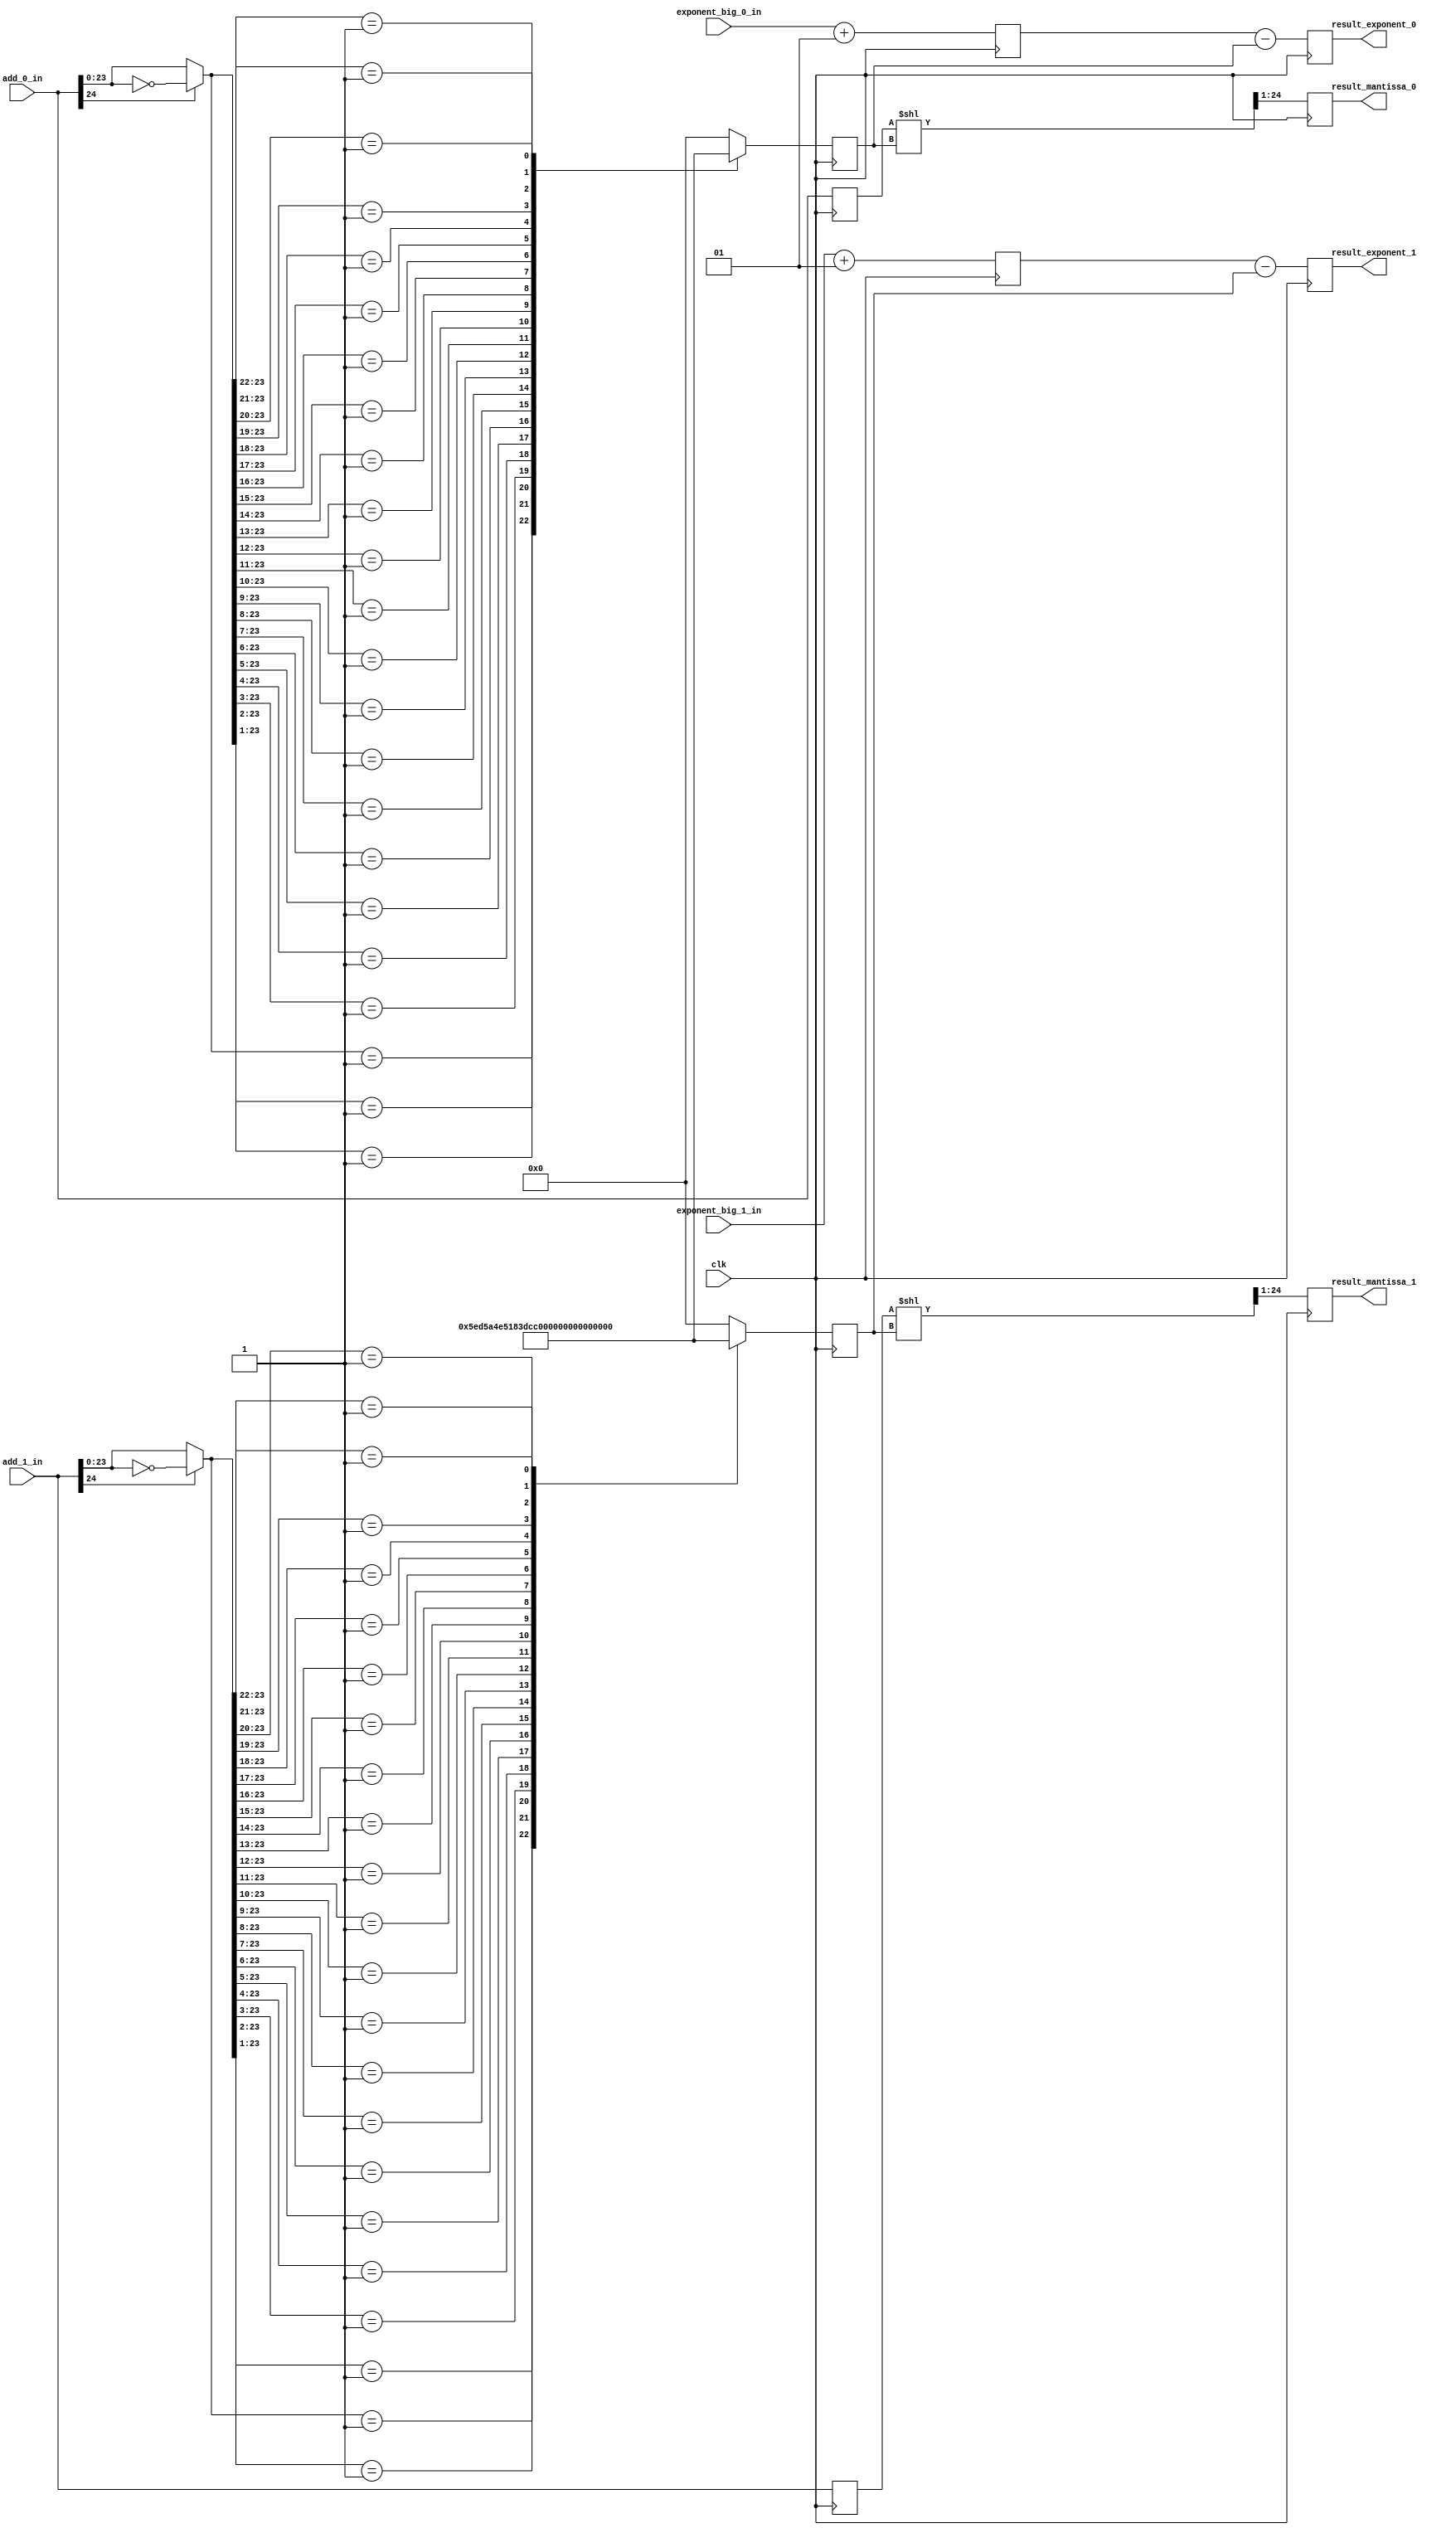
`timescale 1ns / 1ps
//////////////////////////////////////////////////////////////////////////////////
// 
// Design Name: 
// Module Name: fp32_adder_dual_normalization_stage
// Project Name: 
// Target Devices: 
// Tool Versions: 
// Description: 
// 
// Dependencies: 
// 
// Revision:
// Revision 0.01 - File Created
// Additional Comments:
// 
//////////////////////////////////////////////////////////////////////////////////


module fp32_adder_dual_normalization_stage
#(
  parameter EXPONENT_WIDTH = 8,
  parameter MANTISA_WIDTH = 24
) (
  input  wire clk,//controll signal
  input  wire signed [EXPONENT_WIDTH-1:0] exponent_big_0_in, exponent_big_1_in,
  input  wire signed [MANTISA_WIDTH:0] add_0_in, add_1_in,
  output reg  signed [EXPONENT_WIDTH-1:0] result_exponent_0, result_exponent_1,
  output reg  signed [MANTISA_WIDTH-1:0] result_mantissa_0, result_mantissa_1
);

  wire signed [MANTISA_WIDTH:0] norm_result_0, norm_result_1;

  reg [4:0] lzc_0_out, lzc_1_out;
  reg signed [EXPONENT_WIDTH-1:0] exponent_big_0, exponent_big_1;
  reg signed [MANTISA_WIDTH:0] add_0, add_1;

  assign norm_result_0 = add_0 << lzc_0_out;
  assign norm_result_1 = add_1 << lzc_1_out;

  always @(posedge clk) 
  begin
    exponent_big_0 <= exponent_big_0_in + 1;
    exponent_big_1 <= exponent_big_1_in + 1;
    add_0 <= add_0_in;
    add_1 <= add_1_in;

    result_mantissa_0 <= norm_result_0[MANTISA_WIDTH:1];
    result_exponent_0 <= exponent_big_0 - lzc_0_out;
    result_mantissa_1 <= norm_result_1[MANTISA_WIDTH:1];
    result_exponent_1 <= exponent_big_1 - lzc_1_out;
  end

  //Leading Zero Counter 0
  always @(posedge clk)
  begin
    casex(add_0_in[MANTISA_WIDTH]?~add_0_in[MANTISA_WIDTH-1:0]:add_0_in[MANTISA_WIDTH-1:0])
      24'b000000000000000000000001 : lzc_0_out <= 'd23;
      24'b00000000000000000000001x : lzc_0_out <= 'd22;
      24'b0000000000000000000001xx : lzc_0_out <= 'd21;
      24'b000000000000000000001xxx : lzc_0_out <= 'd20;
      24'b00000000000000000001xxxx : lzc_0_out <= 'd19;
      24'b0000000000000000001xxxxx : lzc_0_out <= 'd18;
      24'b000000000000000001xxxxxx : lzc_0_out <= 'd17;
      24'b00000000000000001xxxxxxx : lzc_0_out <= 'd16;
      24'b0000000000000001xxxxxxxx : lzc_0_out <= 'd15;
      24'b000000000000001xxxxxxxxx : lzc_0_out <= 'd14;
      24'b00000000000001xxxxxxxxxx : lzc_0_out <= 'd13;
      24'b0000000000001xxxxxxxxxxx : lzc_0_out <= 'd12;
      24'b000000000001xxxxxxxxxxxx : lzc_0_out <= 'd11;
      24'b00000000001xxxxxxxxxxxxx : lzc_0_out <= 'd10;
      24'b0000000001xxxxxxxxxxxxxx : lzc_0_out <= 'd9;
      24'b000000001xxxxxxxxxxxxxxx : lzc_0_out <= 'd8;
      24'b00000001xxxxxxxxxxxxxxxx : lzc_0_out <= 'd7;
      24'b0000001xxxxxxxxxxxxxxxxx : lzc_0_out <= 'd6;
      24'b000001xxxxxxxxxxxxxxxxxx : lzc_0_out <= 'd5;
      24'b00001xxxxxxxxxxxxxxxxxxx : lzc_0_out <= 'd4;
      24'b0001xxxxxxxxxxxxxxxxxxxx : lzc_0_out <= 'd3;
      24'b001xxxxxxxxxxxxxxxxxxxxx : lzc_0_out <= 'd2;
      24'b01xxxxxxxxxxxxxxxxxxxxxx : lzc_0_out <= 'd1;
      default: lzc_0_out <= 'd0;
    endcase
  end

  //Leading Zero Counter 1
  always @(posedge clk)
  begin
    casex(add_1_in[MANTISA_WIDTH]?~add_1_in[MANTISA_WIDTH-1:0]:add_1_in[MANTISA_WIDTH-1:0])
      24'b000000000000000000000001 : lzc_1_out <= 'd23;
      24'b00000000000000000000001x : lzc_1_out <= 'd22;
      24'b0000000000000000000001xx : lzc_1_out <= 'd21;
      24'b000000000000000000001xxx : lzc_1_out <= 'd20;
      24'b00000000000000000001xxxx : lzc_1_out <= 'd19;
      24'b0000000000000000001xxxxx : lzc_1_out <= 'd18;
      24'b000000000000000001xxxxxx : lzc_1_out <= 'd17;
      24'b00000000000000001xxxxxxx : lzc_1_out <= 'd16;
      24'b0000000000000001xxxxxxxx : lzc_1_out <= 'd15;
      24'b000000000000001xxxxxxxxx : lzc_1_out <= 'd14;
      24'b00000000000001xxxxxxxxxx : lzc_1_out <= 'd13;
      24'b0000000000001xxxxxxxxxxx : lzc_1_out <= 'd12;
      24'b000000000001xxxxxxxxxxxx : lzc_1_out <= 'd11;
      24'b00000000001xxxxxxxxxxxxx : lzc_1_out <= 'd10;
      24'b0000000001xxxxxxxxxxxxxx : lzc_1_out <= 'd9;
      24'b000000001xxxxxxxxxxxxxxx : lzc_1_out <= 'd8;
      24'b00000001xxxxxxxxxxxxxxxx : lzc_1_out <= 'd7;
      24'b0000001xxxxxxxxxxxxxxxxx : lzc_1_out <= 'd6;
      24'b000001xxxxxxxxxxxxxxxxxx : lzc_1_out <= 'd5;
      24'b00001xxxxxxxxxxxxxxxxxxx : lzc_1_out <= 'd4;
      24'b0001xxxxxxxxxxxxxxxxxxxx : lzc_1_out <= 'd3;
      24'b001xxxxxxxxxxxxxxxxxxxxx : lzc_1_out <= 'd2;
      24'b01xxxxxxxxxxxxxxxxxxxxxx : lzc_1_out <= 'd1;
      default: lzc_1_out <= 'd0;
    endcase
  end
endmodule